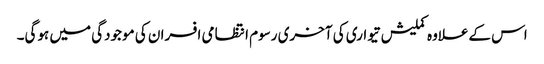
اس کےعلاوہ کملیش تیواری کی آخری رسوم انتظامی افسران کی موجودگی میں ہوگی۔